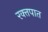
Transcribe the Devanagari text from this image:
रक्‍तपात